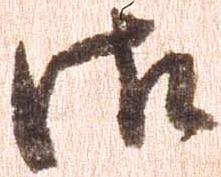
御